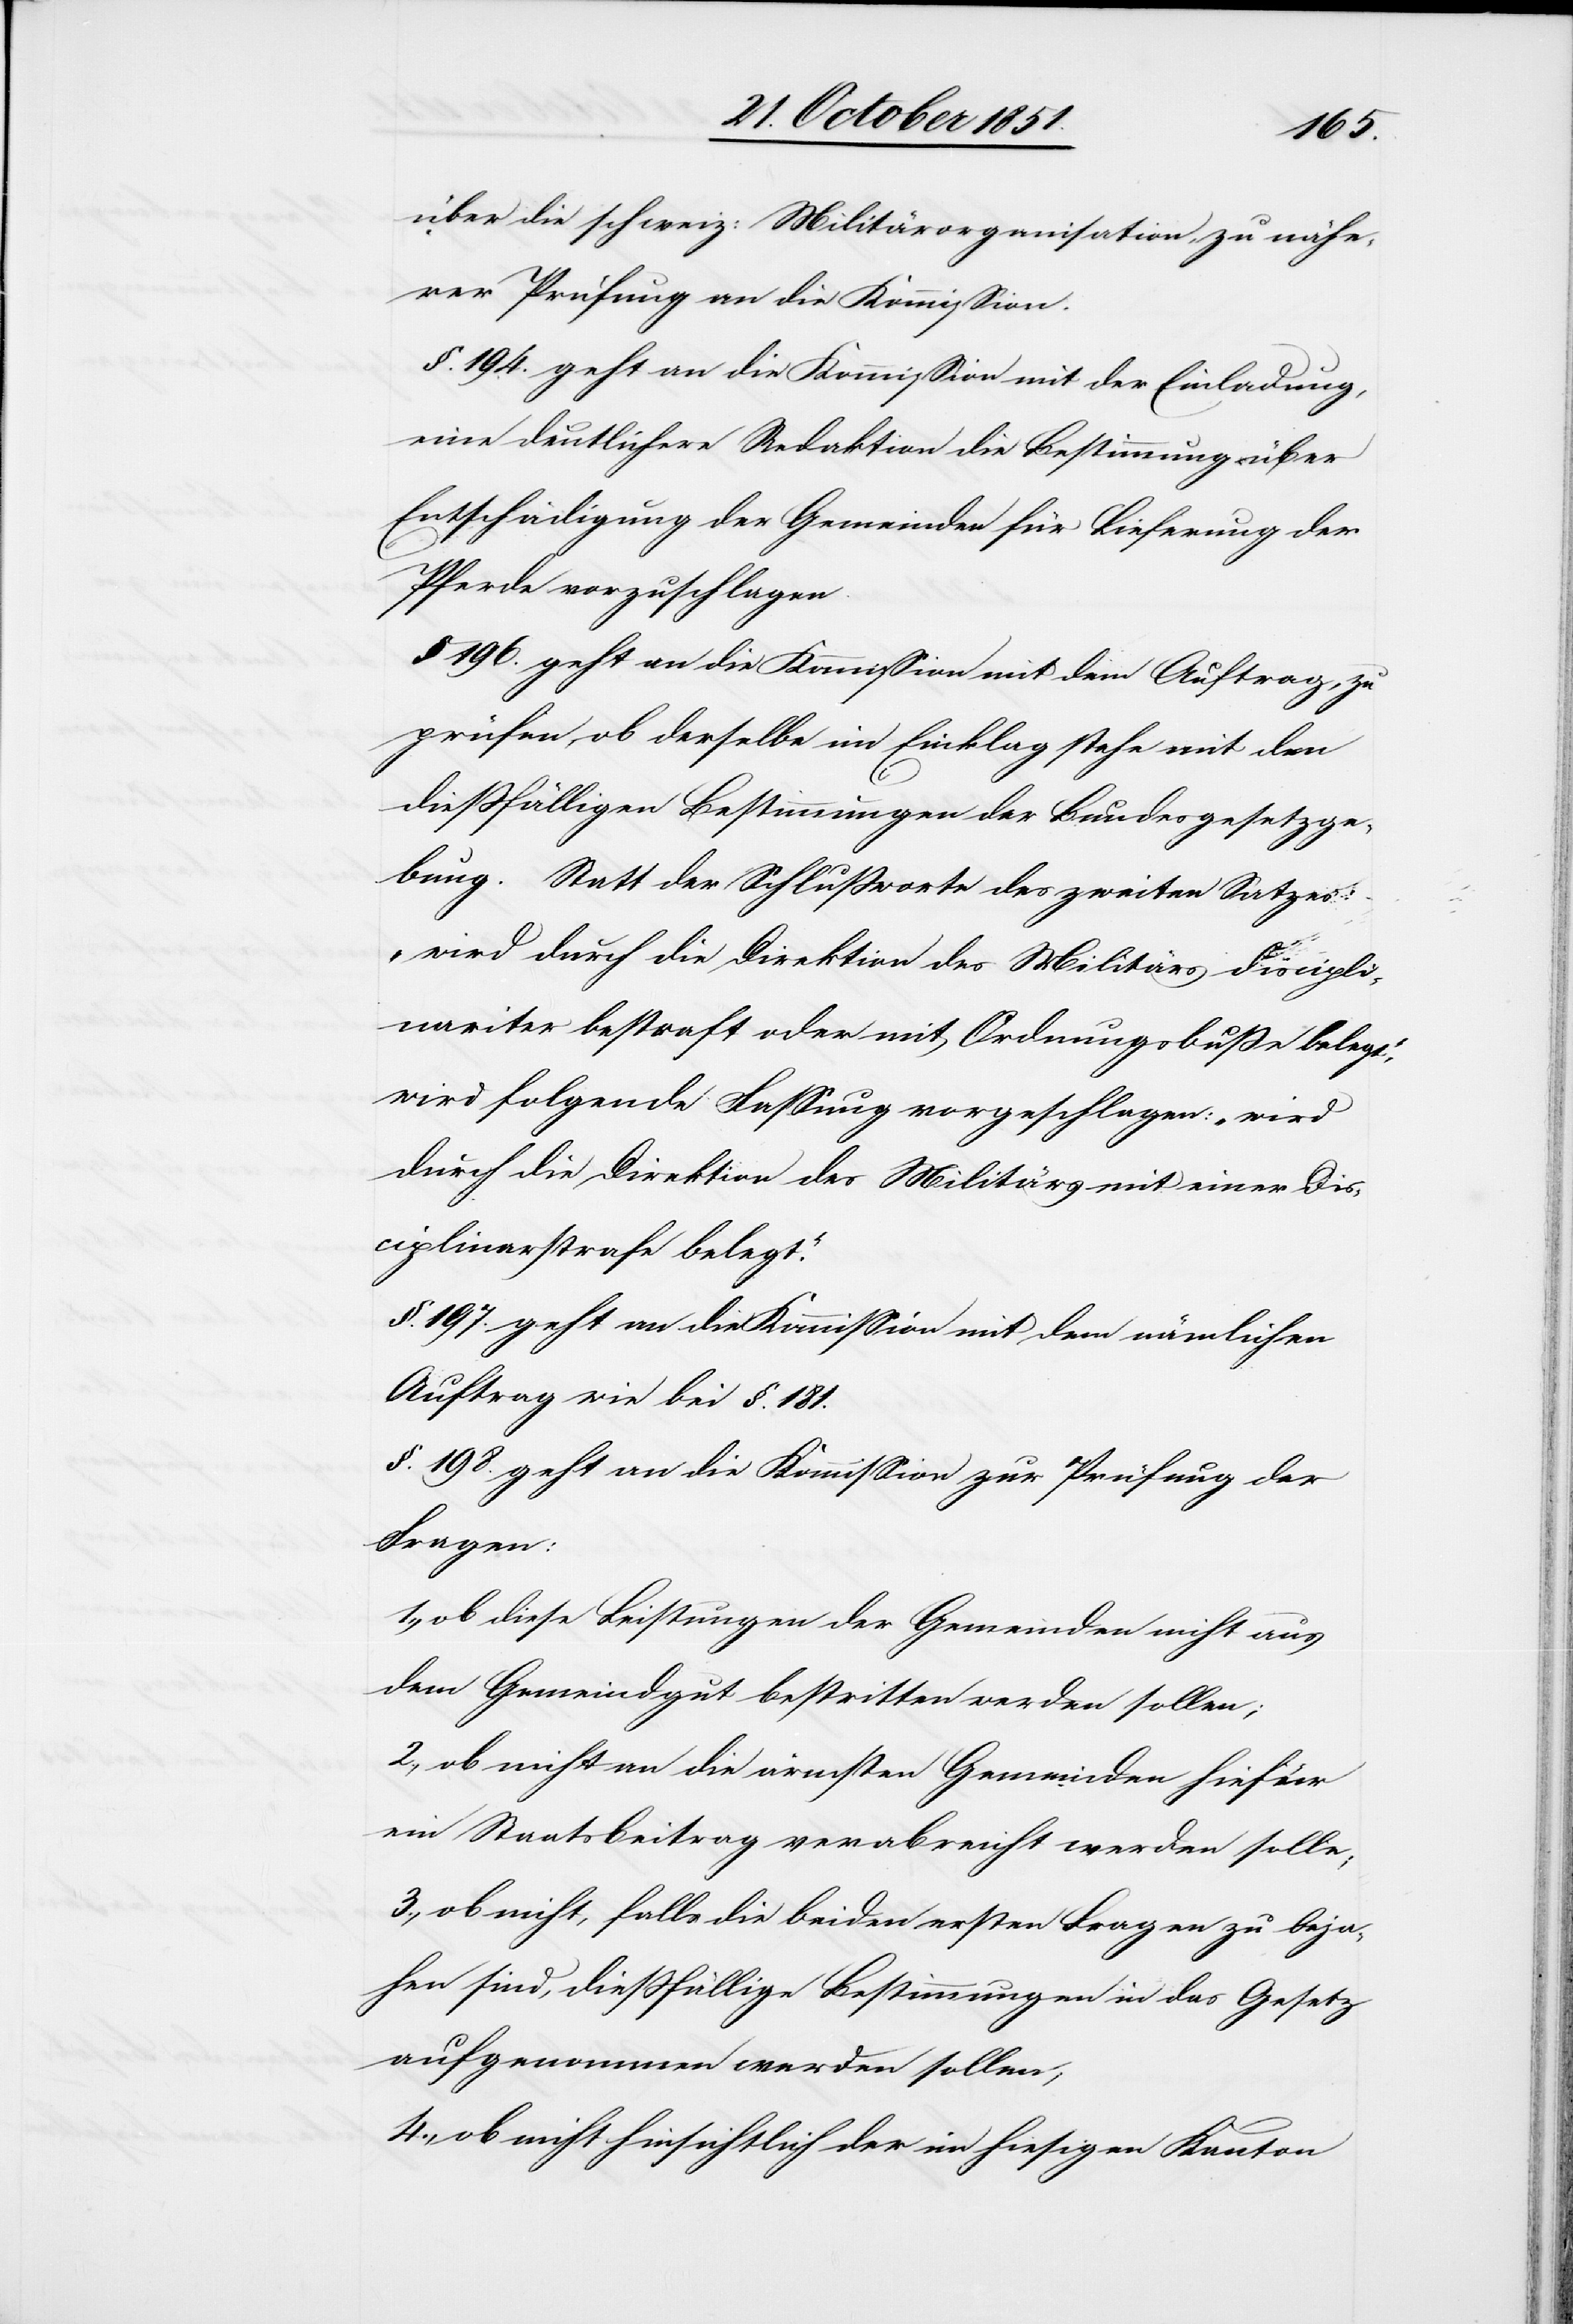
über die schweiz: Militärorganisation, zu nähe¬
rer Prüfung an die Kommission.
§. 194. geht an die Kommission mit der Einladung,
eine deutlichere Redaktion die [recte: der]
Entschädigung der Gemeinden für Lieferung der
Pferde vorzuschlagen.
§ 196. geht an die Kommission mit dem Auftrag, zu
prüfen, ob derselbe im Einkla[n]g stehe mit den
dießfälligen Bestimmungen der Bundesgesetzge¬
bung. Statt der Schlußworte des zweiten Satzes
„wird durch die Direktion des Militärs discipli¬
nariter bestraft oder mit Ordnungsbuße belegt.“,
wird folgende Fassung vorgeschlagen: „wird
durch die Direktion des Militärs mit einer Dis¬
ciplinarstrafe belegt.“
§. 197. geht an die Kommission mit dem nämlichen
Auftrag wie bei §. 181.
§. 198. geht an die Kommission zur Prüfung der
Fragen:
ob diese Leistungen der Gemeinden nicht aus
dem Gemeindgut bestritten werden sollen;
2., ob nicht an die ärmsten Gemeinden hiefür
ein Staatsbeitrag verabreicht werden solle;
3., ob nicht, falls die beiden ersten Fragen zu beja¬
hen sind, dießfällige Bestimmungen in das Gesetz
aufgenommen werden sollen;
4., ob nicht hinsichtlich der im hiesigen Kanton